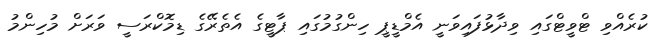
ކުރެއްވި ޓްވީޓްގައި ވިދާޅުފައިވަނީ އެމްޑީޕީ ހިންގުމުގައި ޕާޓީގެ އެތެރޭގެ ޑިމޮކްރަސީ ވަރަށް މުހިންމު